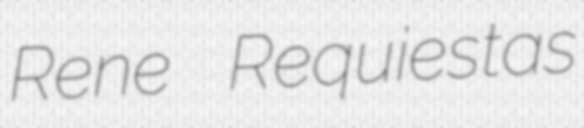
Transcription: Rene Requiestas